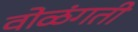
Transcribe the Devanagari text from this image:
वोळंगती